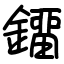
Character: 鐂